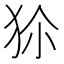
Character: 𤝝